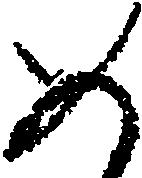
め